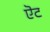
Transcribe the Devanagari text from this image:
ऎट